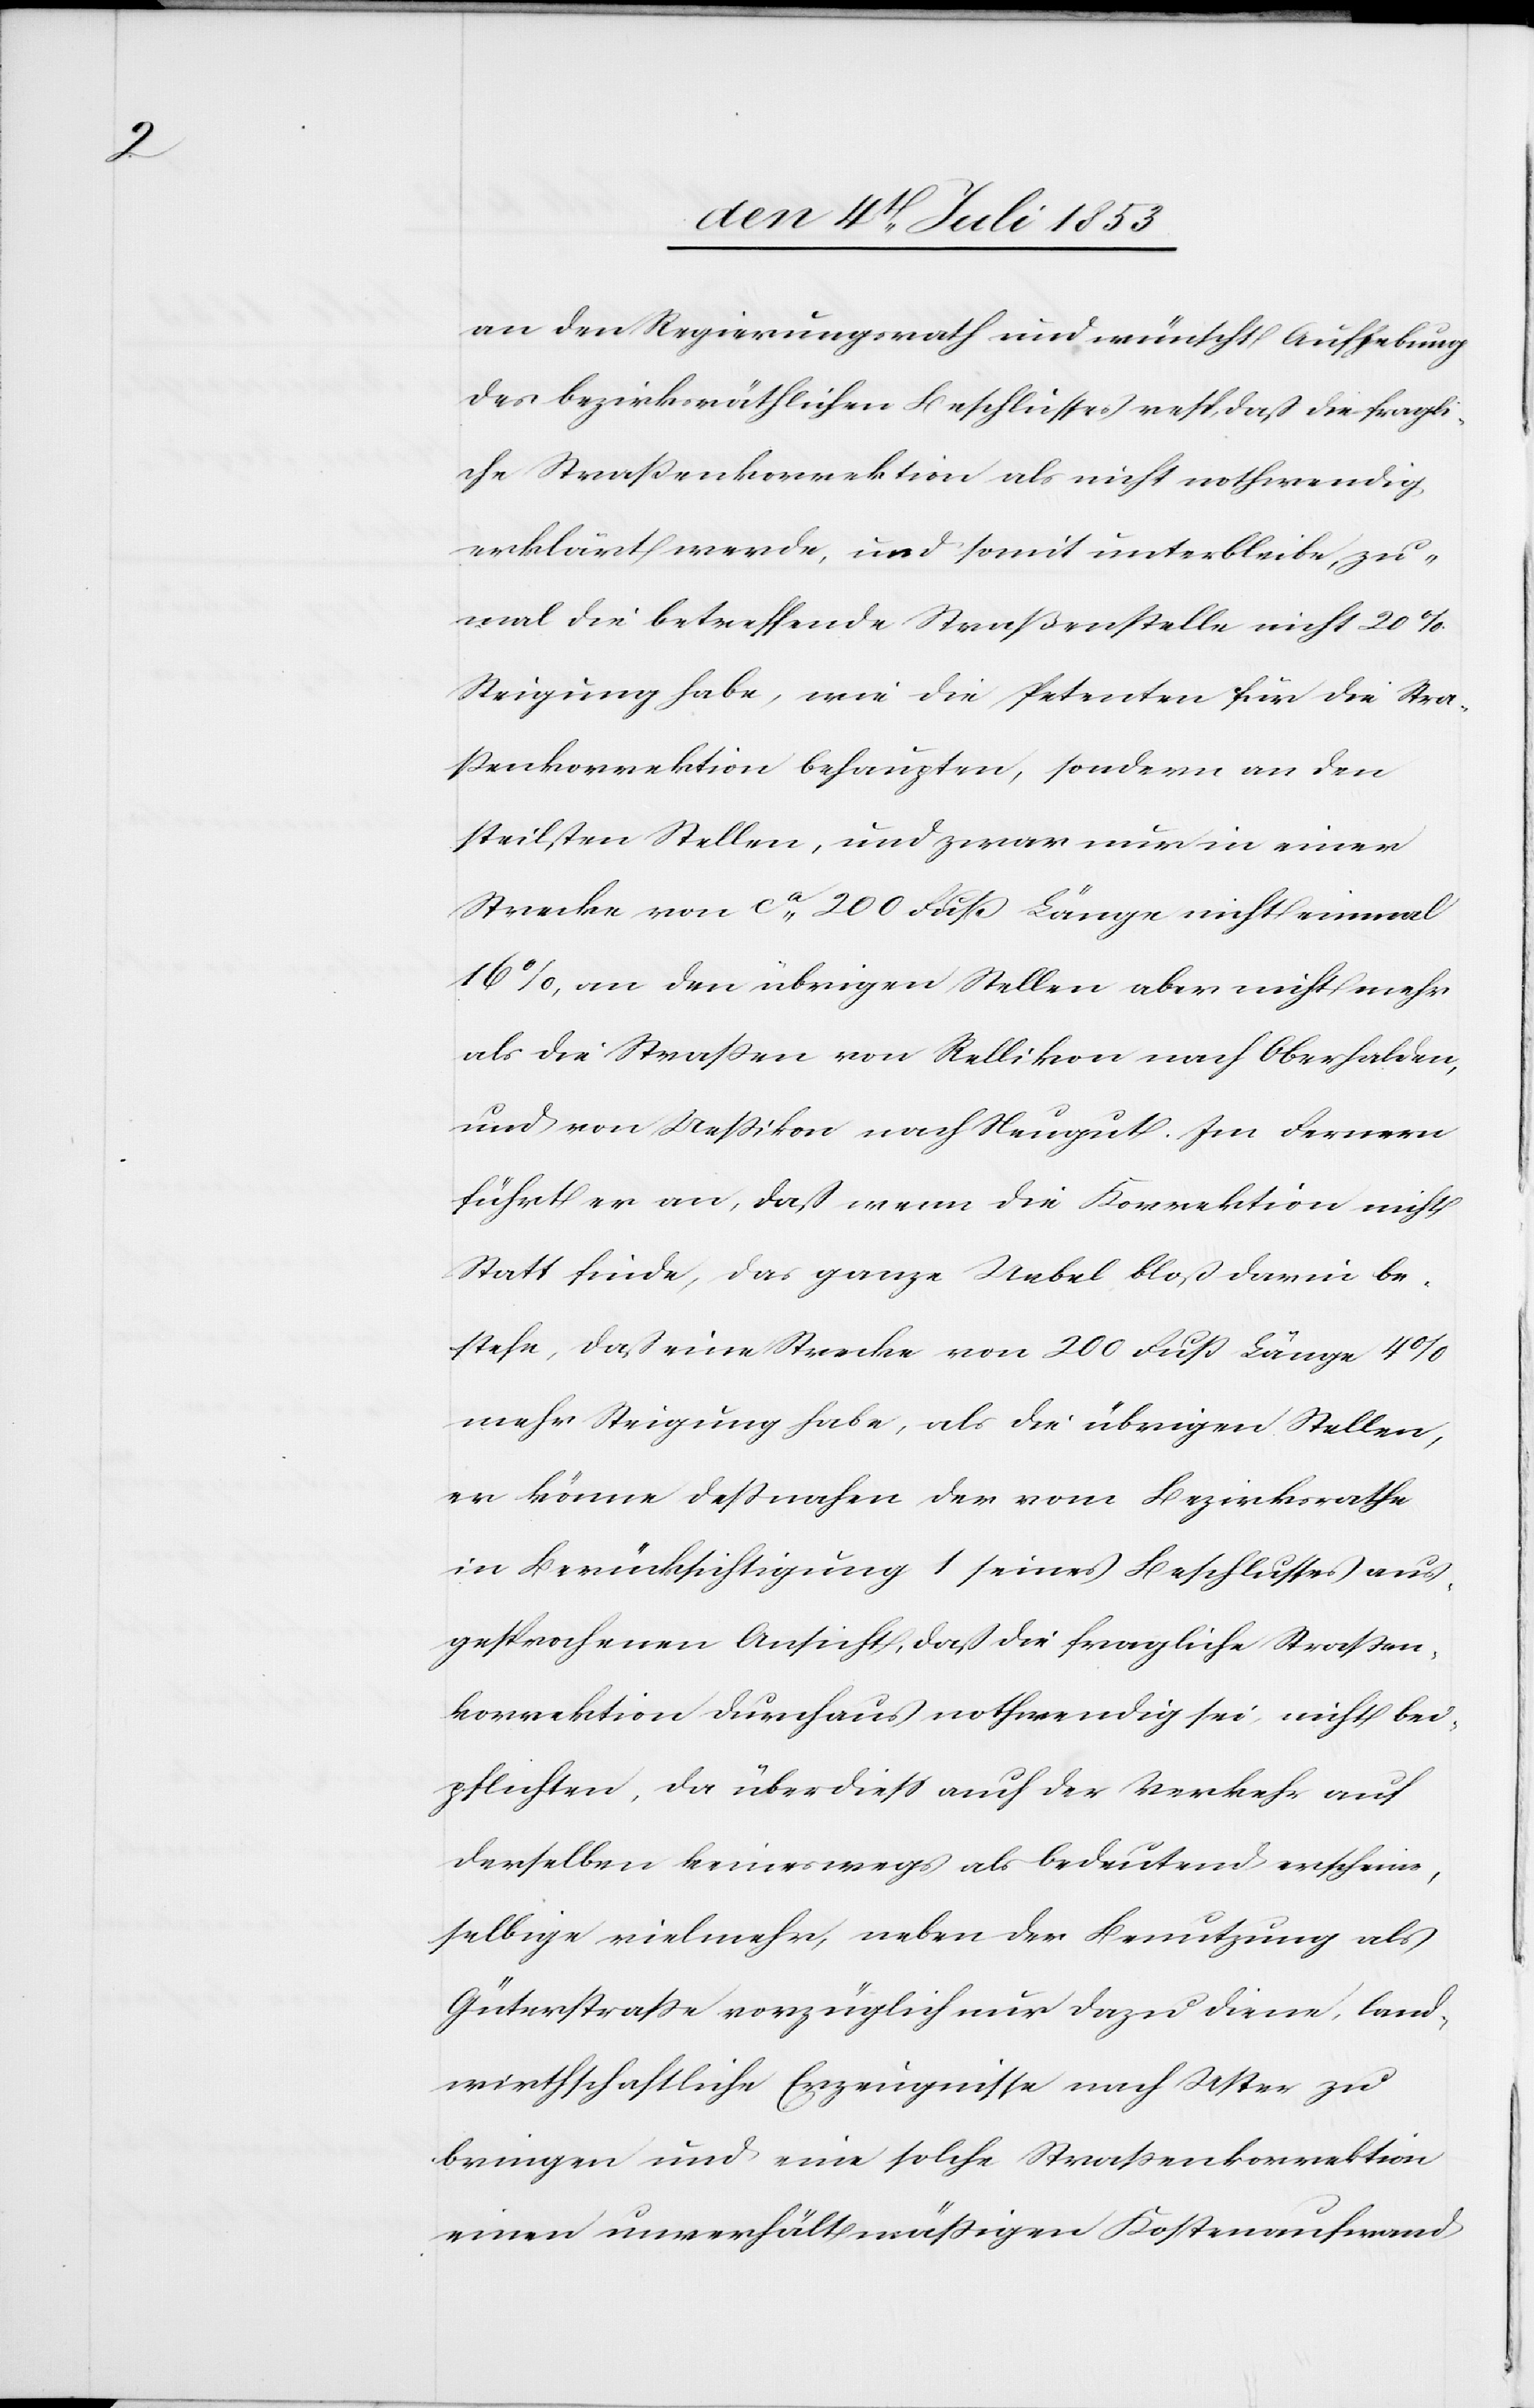
an den Regierungsrath und wünscht Aufhebung
des bezirksräthlichen Beschlußes resp., daß die fragli¬
che Straßenkorrektion als nicht nothwendig
erklärt werde, und somit unterbleibe, zu¬
mal die betreffende Straßenstelle nicht 20%
Steigung habe, wie die Petenten für die Stra¬
ßenkorrektion behaupten, sondern an den
steilsten Stellen, und zwar nur in einer
Strecke von ca 200 Fuß Länge nicht einmal
16% an den übrigen Stellen aber nicht mehr
als die Straßen von Rellikon nach Oberhalden,
und von Ueßikon nach Neugut. Im Fernern
führt er an, daß wenn die Korrektion nicht
Statt finde, das ganze Uebel bloß darin be¬
stehe, daß eine Strecke von 200 Fuß Länge 4%
mehr Steigung habe, als die übrigen Stellen,
er könne deßnahen der vom Bezirksrathe
in Berücksichtigung 1 seines Beschlußes aus¬
gesprochenen Ansicht, daß die fragliche Straßen¬
korrektion durchaus nothwendig sei, nicht bei¬
pflichten, da überdieß auch der Verkehr auf
derselben keineswegs als bedeutend erscheine,
selbige vielmehr, neben der Benutzung als
Güterstraße vorzüglich nur dazu diene, land¬
wirtschaftliche Erzeugnisse nach Uster zu
bringen und wie solche Straßenkorrektion
einen unverhältnismäßigen Kostenaufwand